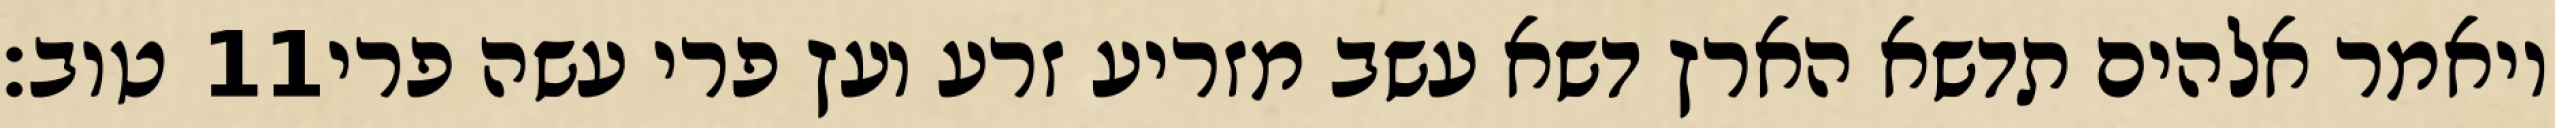
טוב׃ ‎11‏ ויאמר אלהים תדשא הארץ דשא עשב מזריע זרע ועץ פרי עשה פרי